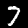
Digit: 7